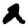
Digit: 2